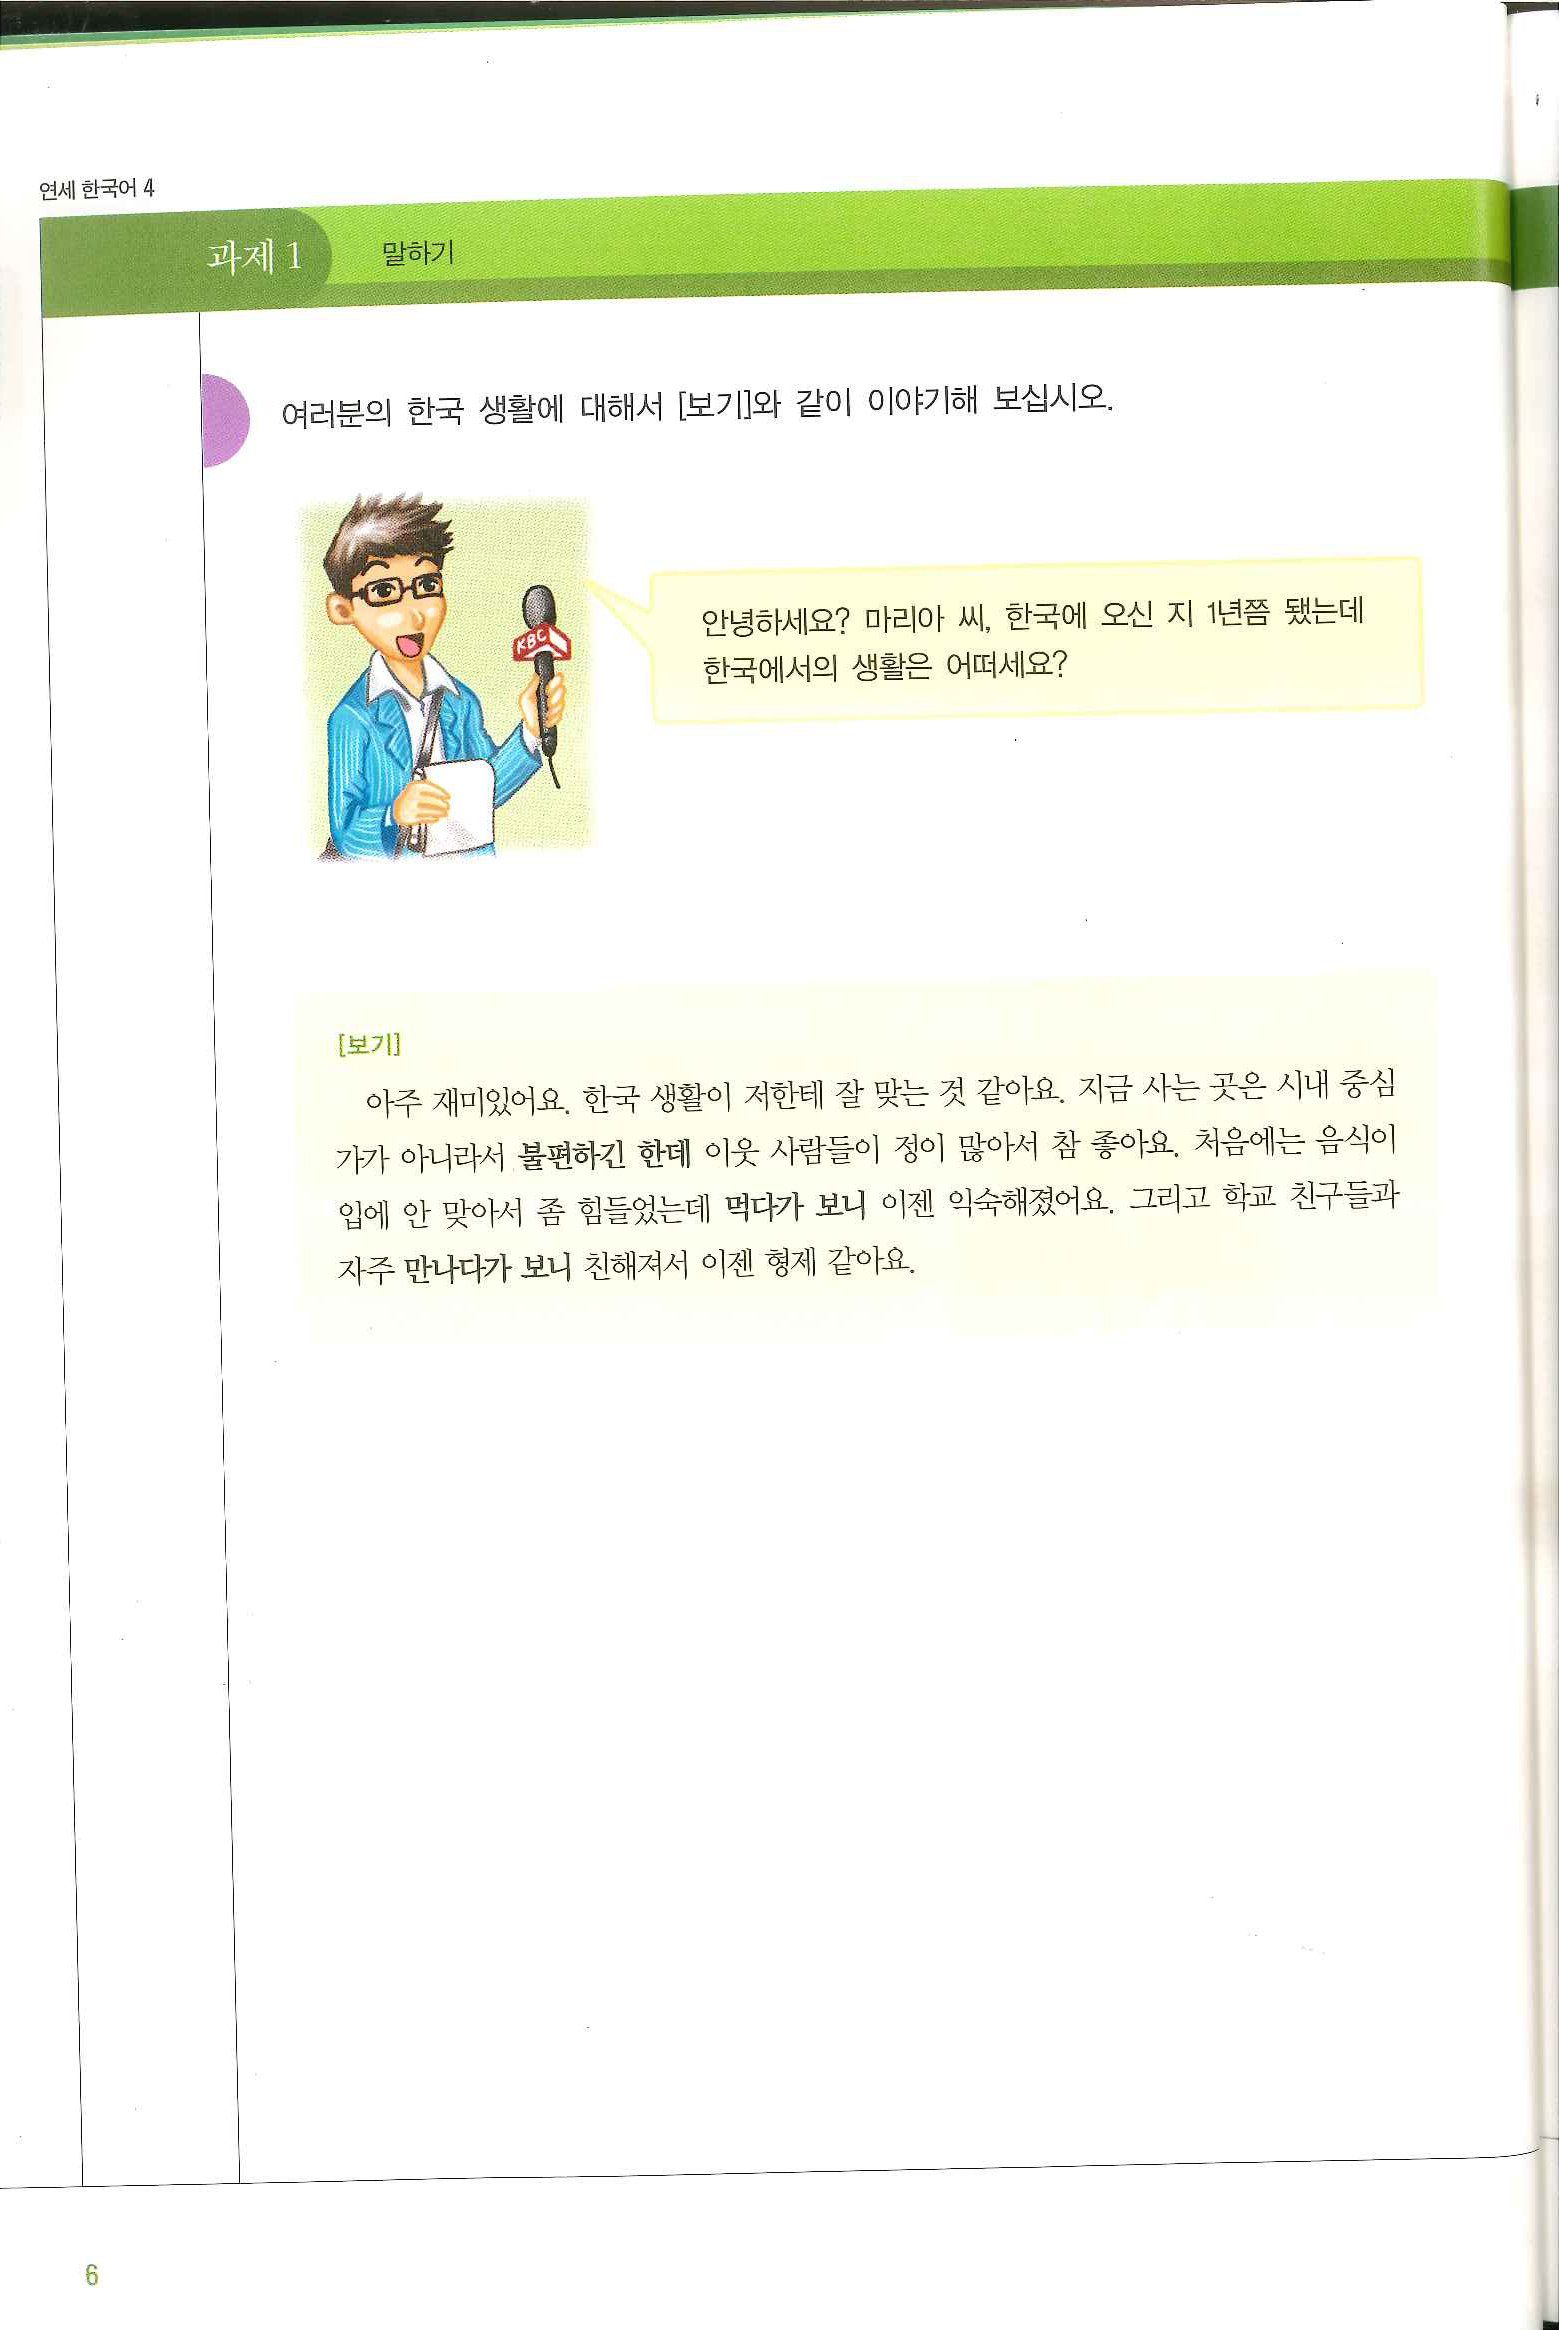
Language: ko